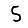
Digit: 5